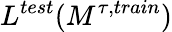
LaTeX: L^{test}(M^{\tau,train})